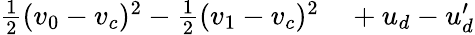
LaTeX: \begin{array}{rl}{\frac{1}{2}(v_{0}-v_{c})^{2}-\frac{1}{2}(v_{1}-v_{c})^{2}}&{{}+u_{d}-u_{d}^{\prime}}\end{array}